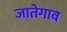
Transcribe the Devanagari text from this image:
जातेगाव